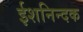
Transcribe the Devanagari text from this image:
ईशनिन्दक